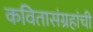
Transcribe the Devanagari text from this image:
कवितासंग्रहांची